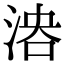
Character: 𣶤